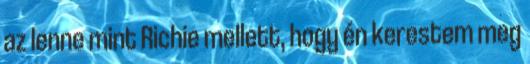
az lenne mint Richie mellett, hogy én kerestem meg